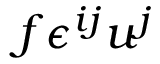
f \epsilon ^ { i j } u ^ { j }